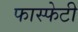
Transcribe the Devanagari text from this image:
फास्फेटी